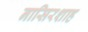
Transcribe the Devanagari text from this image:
नासिरशाह